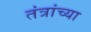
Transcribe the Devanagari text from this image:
तंत्रांच्या